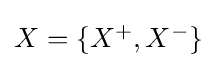
\textstyle X=\{X^{+},X^{-}\}